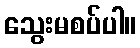
သွေးမစပ်ပါ။